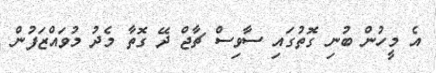
އެ މީހުން ބުނި ގޮތުގައި ސާވިސް ޗާޖް ދޭ ގޮތާ މެދު މުވައްޒަފުން